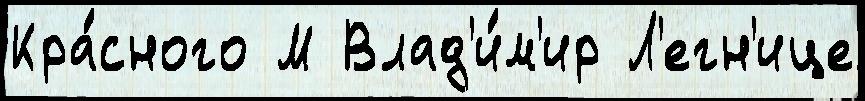
Кра́сного М Влад'и́м'ир Л'егн'ице